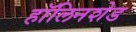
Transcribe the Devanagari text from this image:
हॉलिनशेड